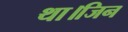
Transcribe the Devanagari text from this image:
था।जिन